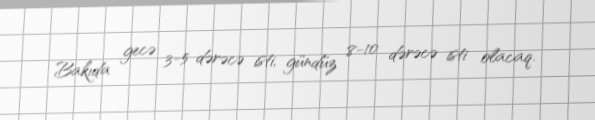
Bakıda gecə 3-5 dərəcə isti, gündüz 8-10 dərəcə isti olacaq.